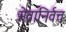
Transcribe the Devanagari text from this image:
सेवानिर्वत्त